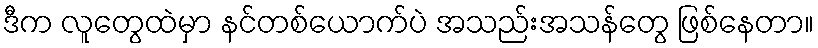
ဒီက လူတွေထဲမှာ နင်တစ်ယောက်ပဲ အသည်းအသန်တွေ ဖြစ်နေတာ။